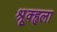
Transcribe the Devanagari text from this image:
श्रूृृक्हृला